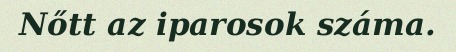
Nőtt az iparosok száma.